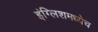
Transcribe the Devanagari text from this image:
इंग्लिशमध्येच